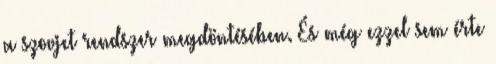
a szovjet rendszer megdöntésében. És még ezzel sem érte